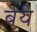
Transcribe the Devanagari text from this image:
बये